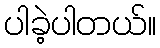
ပါခဲ့ပါတယ်။